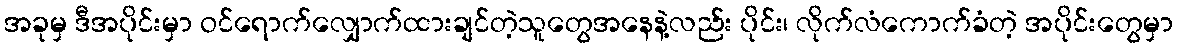
အခုမှ ဒီအပိုင်းမှာ ဝင်ရောက်လျှောက်ထားချင်တဲ့သူတွေအနေနဲ့လည်း ပိုင်း၊ လိုက်လံကောက်ခံတဲ့ အပိုင်းတွေမှာ